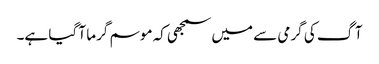
آگ کی گرمی سے میں سمجھی کہ موسم گرما آ گیا ہے۔